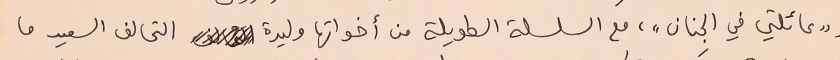
و"عائلتي في الجنان"، مع السلسلة الطويلة من أخواتها وليدة التحالف السعيد ما